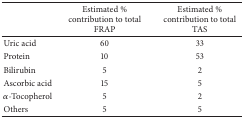
|  | Estimated % contribution to total FRAP | Estimated % contribution to total TAS |
 | --- | --- | --- |
 | Uric acid | 60 | 33 |
 | Protein | 10 | 53 |
 | Bilirubin | 5 | 2 |
 | Ascorbic acid | 15 | 5 |
 | α-Tocopherol | 5 | 2 |
 | Others | 5 | 5 |